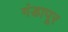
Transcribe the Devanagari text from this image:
गंडापूर